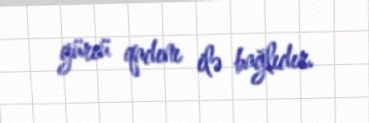
gürcü qadını ilə bağlıdır.